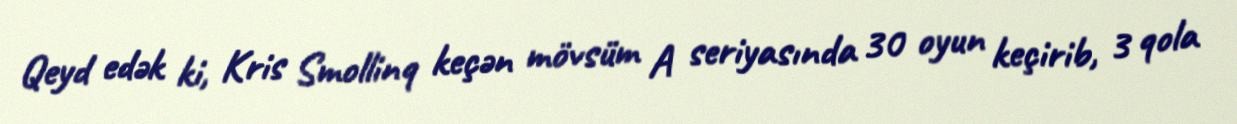
Qeyd edək ki, Kris Smollinq keçən mövsüm A seriyasında 30 oyun keçirib, 3 qola